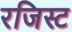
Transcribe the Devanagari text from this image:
रजिस्ट